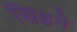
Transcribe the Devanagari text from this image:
सिंहने